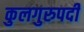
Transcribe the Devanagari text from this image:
कुलगुरुपदी